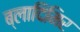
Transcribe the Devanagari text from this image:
ब्लादिमिर